Lunatic asylums Central Provinces reports 1886-1894 - 1886-1894
Year: 1886
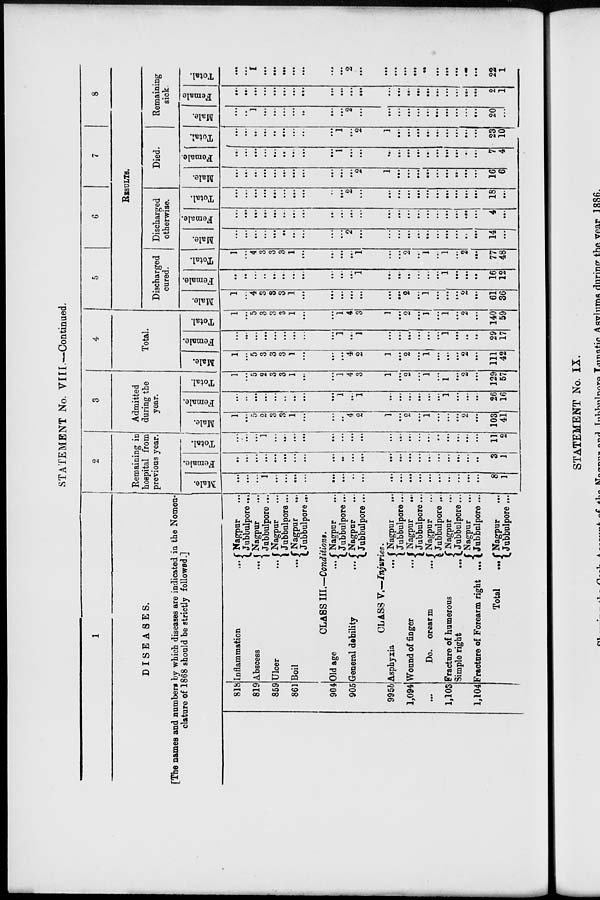
STATEMENT No. VIII.—Continued.
1
DISEASES.
[The names and numbers by which diseases are indicated in the Nomen-
clature of 1868 should be strictly followed.]
818
819
859
861
904
905
995b
1,094
...
1,103
1,104
Inflammation
...
Abscess ...
Ulcer
...
Boil
Nagpur ...
Jubbulpore...
Nagpur ...
Jubbulpore ...
Nagpur ...
Jubbulpore ...
Nagpur ...
Jubbulpore...
CLASS III.—Conditions.
Old age ...
General debility ...
Nagpur ...
Jubbulpore...
Nagpur ...
Jubbulpore ...
CLASS V.—Injuries.
Asphyxia
...
Wound of finger ...
Do.
crearm ...
Fracture of humerous
Simple right
...
Fracture of Forearm right ...
Total
...
Nagpur
...
Jubbulpore...
Nagpur
...
Jubbulpore...
Nagpur ...
Jubbulpore ...
Nagpur ...
Jubbulpore...
Nagpur ...
Jubbulpore ...
Nagpur
...
Jubbulpore ...
2
Remaining in
hospital from
previous year.
Male.
...
...
...
1
...
...
...
...
...
...
...
...
...
...
...
...
...
...
...
...
...
...
8
1
Female.
...
...
...
...
...
...
...
...
...
...
...
...
...
...
...
...
...
...
...
...
...
...
3
1
Total.
...
...
...
1
...
...
...
...
...
...
...
...
...
...
...
...
...
...
...
...
...
...
11
2
3
Admitted
during the
year.
Male.
1
...
5
2
3
3
1
...
...
...
4
2
1
...
2
...
1
...
...
...
2
...
103
41
Female.
...
...
...
...
...
...
...
...
...
1
...
1
...
...
...
...
...
...
1
...
...
...
26
16
Total.
1
...
5
2
3
3
1
...
...
1
4
3
1
...
2
...
1
...
1
2
...
129
57
4
Total.
Male.
1
...
5
3
3
3
1
...
...
...
4
2
1
...
2
...
1
...
...
2
...
111
42
Female.
...
...
...
...
...
...
...
...
...
1
...
1
...
...
...
...
...
...
1
...
...
...
29
17
Total.
1
...
5
3
3
3
1
...
...
1
4
3
1
...
2
...
1
...
1
...
2
...
140
59
5
6
7
8
RESULTS.
Discharged
cured.
Male.
1
...
4
3
3
3
1
...
...
...
...
...
...
...
2
...
1
...
...
...
2
...
61
36
Female.
...
...
...
...
...
...
...
...
...
...
...
1
...
...
...
...
...
...
1
...
...
...
16
12
Total.
1
...
4
3
3
3
1
...
...
...
...
1
...
...
2
...
1
...
1
...
2
...
77
48
Discharged
otherwise.
Male.
...
...
...
...
...
...
...
...
...
...
2
...
...
...
...
...
...
...
...
...
...
...
14
...
Female.
...
...
...
...
...
...
...
...
...
...
...
...
...
...
...
...
...
...
...
...
...
...
4
...
Total.
...
...
...
...
...
...
...
...
...
...
2
...
...
...
...
...
...
...
...
...
...
...
18
...
Died.
Male.
...
...
...
...
...
...
...
...
...
...
...
2
1
...
...
...
...
...
...
...
...
...
16
6
Female.
...
...
...
...
...
...
...
...
...
1
...
...
...
...
...
...
...
...
...
...
...
...
7
4
Total.
...
...
...
...
...
...
...
.....
...
1
...
2
1
...
...
...
...
...
...
...
...
...
23
10
Remaining
sick.
Male.
...
....
1
...
...
...
...
...
...
...
2
...
...
...
...
...
...
...
...
...
...
...
20
...
Female
...
...
...
...
...
...
...
...
...
...
...
...
...
...
...
...
...
...
...
...
...
...
2
1
Total.
...
...
1
...
...
...
...
...
...
...
2
...
...
...
...
...
...
...
...
...
...
...
22
1